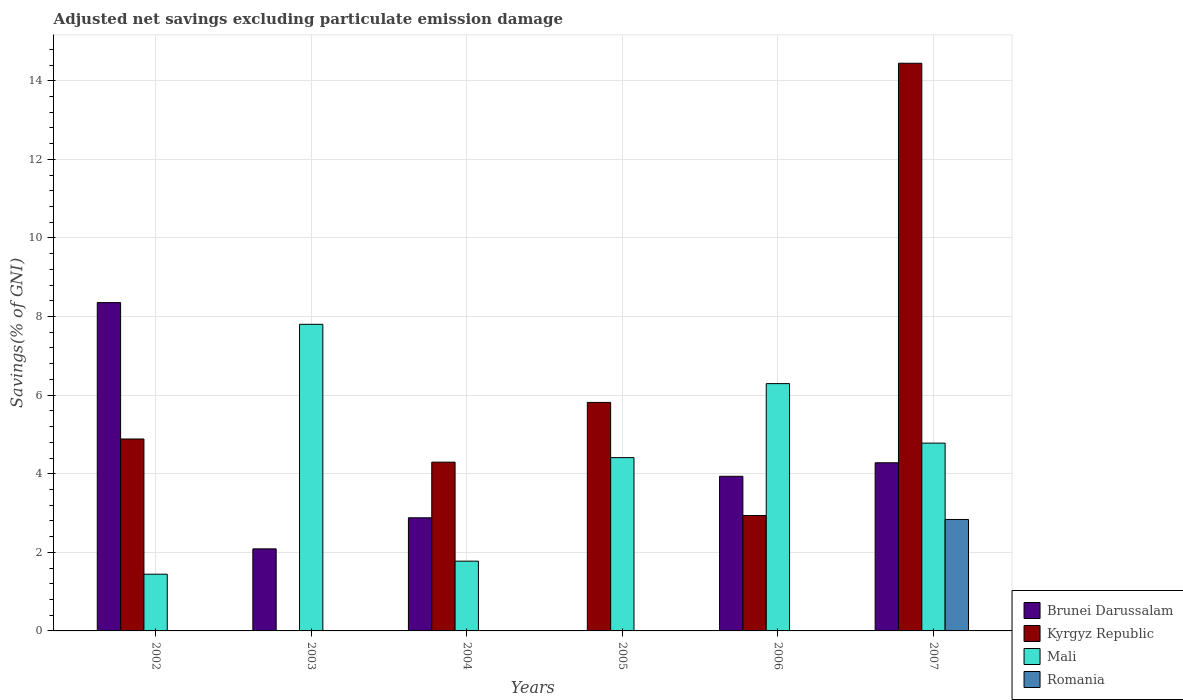
| Years | Brunei Darussalam | Kyrgyz Republic | Mali | Romania |
 | --- | --- | --- | --- | --- |
 | 2002 | 8.36 | 4.88 | 1.44 | -4.89 |
 | 2003 | 2.09 | -1.39 | 7.8 | -5.96 |
 | 2004 | 2.88 | 4.29 | 1.78 | -5 |
 | 2005 | -2 | 5.82 | 4.41 | -4.14 |
 | 2006 | 3.93 | 2.94 | 6.29 | -0.803 |
 | 2007 | 4.28 | 14.4 | 4.78 | 2.84 |